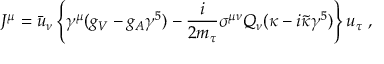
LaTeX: J ^ { \mu } = \bar { u } _ { \nu } \left\{ \gamma ^ { \mu } ( g _ { V } - g _ { A } \gamma ^ { 5 } ) - \frac { i } { 2 m _ { \tau } } \sigma ^ { \mu \nu } Q _ { \nu } ( \kappa - i \tilde { \kappa } \gamma ^ { 5 } ) \right\} u _ { \tau } \; ,